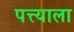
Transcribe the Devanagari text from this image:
पत्त्याला